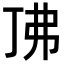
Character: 𫸨